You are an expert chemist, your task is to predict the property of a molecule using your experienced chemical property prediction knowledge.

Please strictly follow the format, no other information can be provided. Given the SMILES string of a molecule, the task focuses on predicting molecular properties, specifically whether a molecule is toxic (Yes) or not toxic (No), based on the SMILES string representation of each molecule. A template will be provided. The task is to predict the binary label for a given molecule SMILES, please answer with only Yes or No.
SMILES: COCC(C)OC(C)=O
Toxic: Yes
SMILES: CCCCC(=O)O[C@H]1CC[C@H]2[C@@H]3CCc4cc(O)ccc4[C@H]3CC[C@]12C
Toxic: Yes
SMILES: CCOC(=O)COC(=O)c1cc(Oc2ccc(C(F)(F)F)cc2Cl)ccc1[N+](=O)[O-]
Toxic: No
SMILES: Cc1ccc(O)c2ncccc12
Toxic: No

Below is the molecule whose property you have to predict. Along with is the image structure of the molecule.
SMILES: CC(O)C(C)O
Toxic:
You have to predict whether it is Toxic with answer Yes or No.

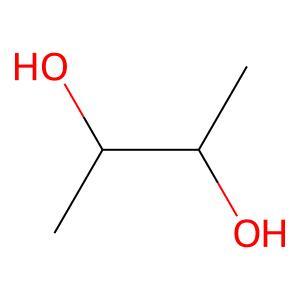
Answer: No